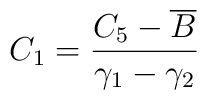
C_1=\frac{C_5-\overline{B}}{\gamma _1-\gamma _2}